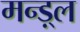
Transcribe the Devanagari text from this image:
मन्ड़्ल